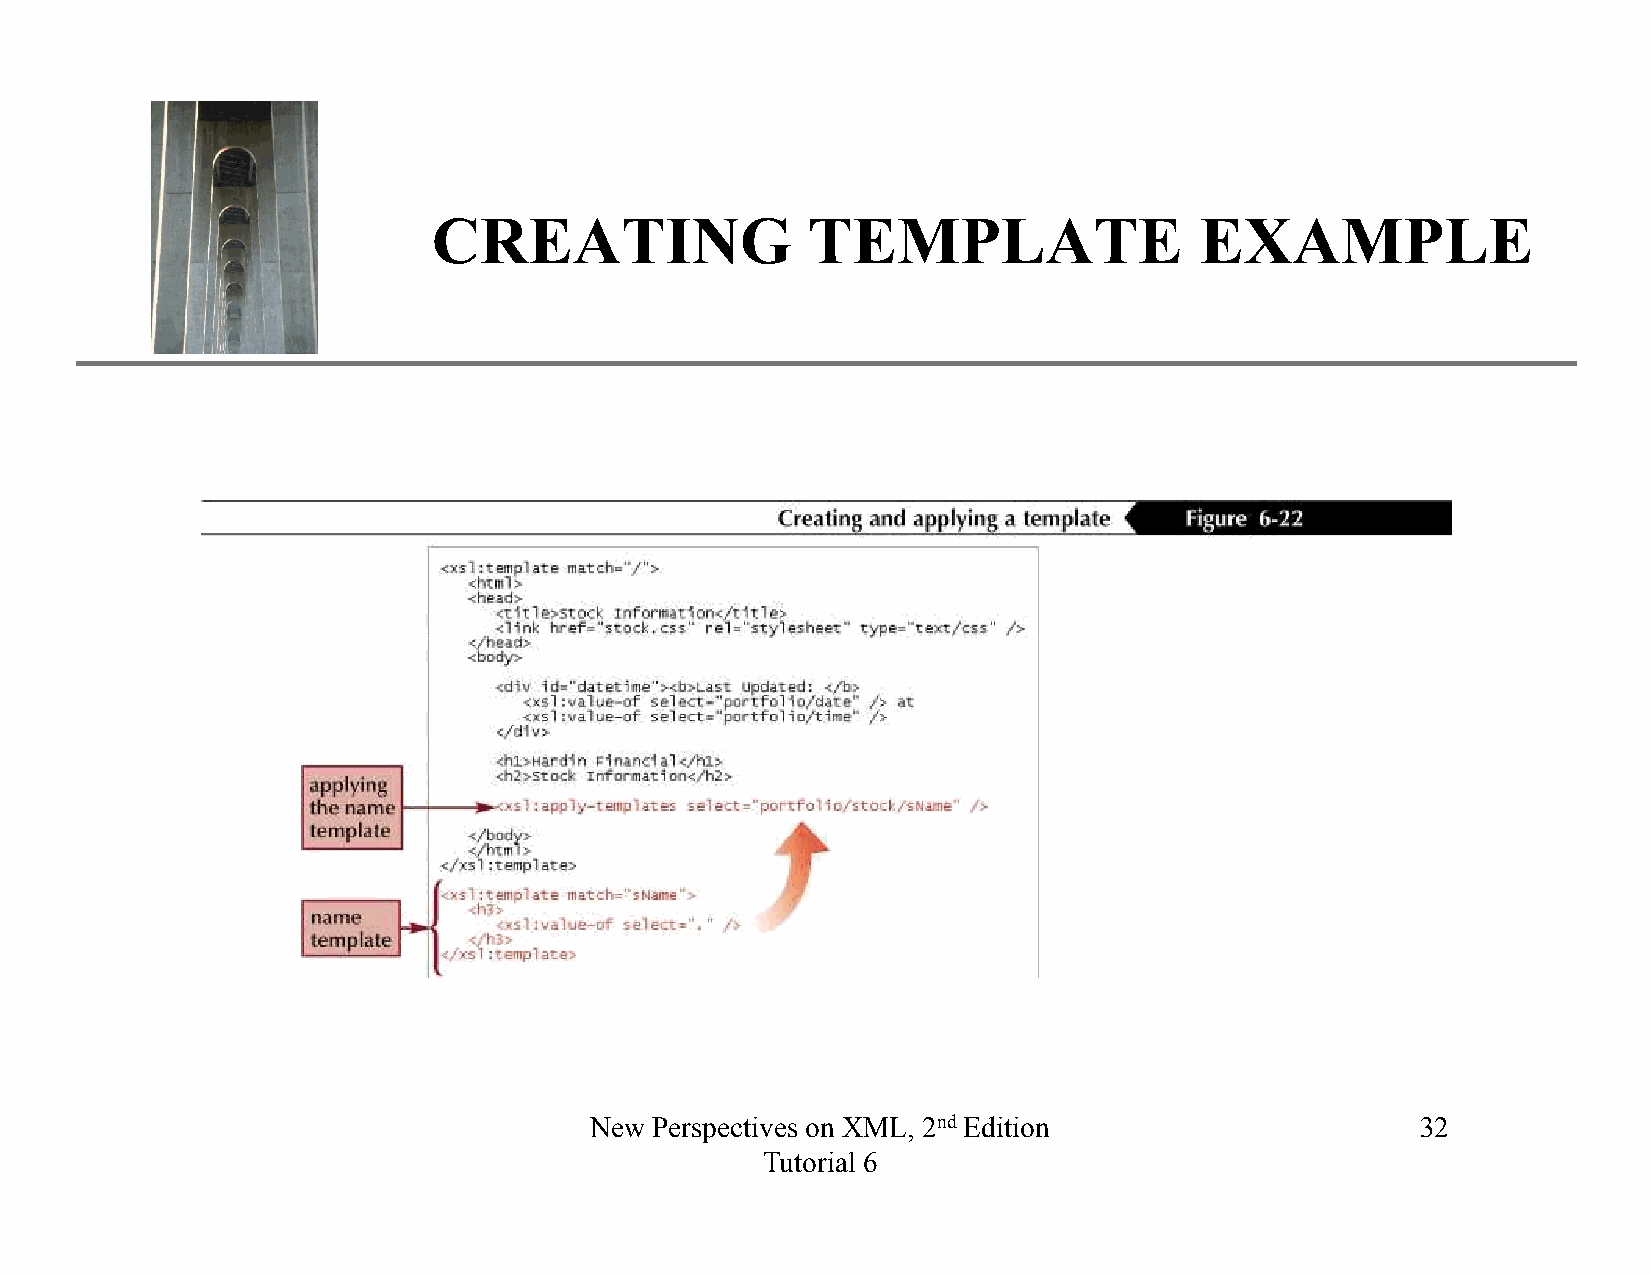
XP
 CREATING                TEMPLATE                  EXAMPLE
 New Perspectives on XML, 2nd Edition                   32
 Tutorial 6